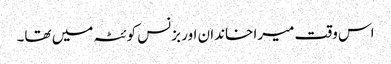
اس وقت میرا خاندان اور بزنس کوئٹہ میں تھا۔